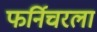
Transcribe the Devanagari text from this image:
फर्निचरला